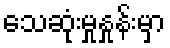
သေဆုံးမှုနှုန်းမှာ